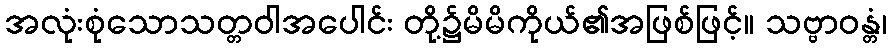
အလုံးစုံသောသတ္တဝါအပေါင်း တို့၌မိမိကိုယ်၏အဖြစ်ဖြင့်။ သဗ္ဗာဝန္တံ၊